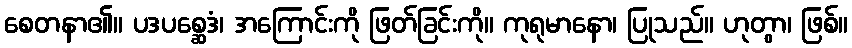
စေတနာ၏။ ပဒပစ္ဆေဒံ၊ အကြောင်းကို ဖြတ်ခြင်းကို။ ကုရုမာနော၊ ပြုသည်။ ဟုတွာ၊ ဖြစ်။